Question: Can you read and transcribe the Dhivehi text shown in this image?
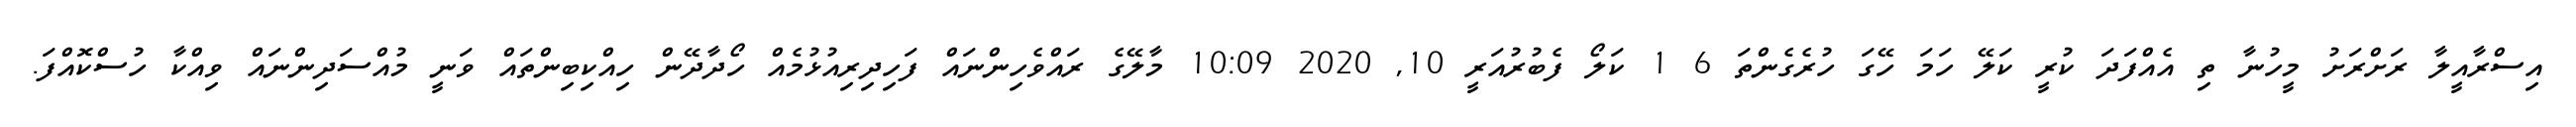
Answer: އިސްރާއީލާ ރަށްރަށު މީހުނާ ތި އެއްފަދަ ކުރީ ކަލޭ ހަމަ ހޭގަ ހުރެގެންތަ 6 1 ކަލޯ ފެބުރުއަރީ 10, 2020 10:09 މާލޭގެ ރައްވެހިންނައް ފަހިދިރިއުޅުމެއް ހޯދާދޭން ހިއްކިބިންތައް ވަނީ މުއްސަދިންނައް ވިއްކާ ހުސްކޮއްފަ.